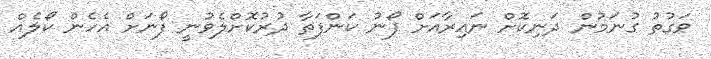
ވަގުތު ގުނަމުން ދަނިކޮށް ނައިރާއަށް ފޯނު ކަންފަތާ ދުރުކޮށްލެވުނީ ފޯނަށް އެހެން ކޯލެއް